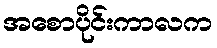
အစောပိုင်းကာလက